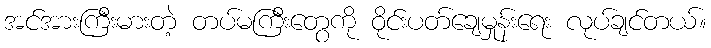
အင်အားကြီးမားတဲ့ တပ်မကြီးတွေကို ဝိုင်းပတ်ချေမှုန်းရေး လုပ်ချင်တယ်။